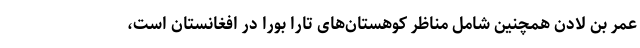
عمر بن لادن همچنین شامل مناظر کوهستان‌های تارا بورا در افغانستان است،